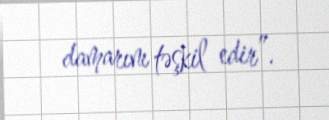
damarını təşkil edir”.